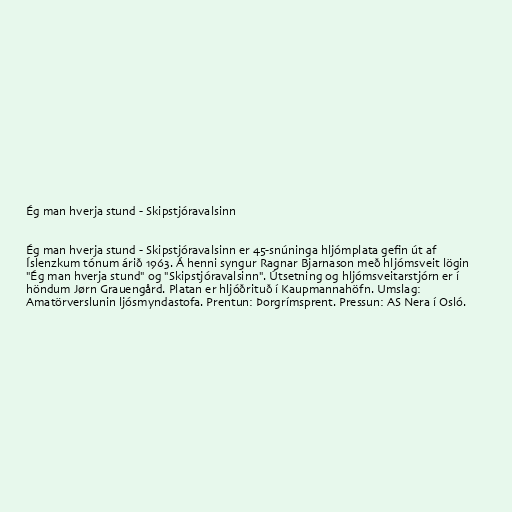
Ég man hverja stund - Skipstjóravalsinn

Ég man hverja stund - Skipstjóravalsinn er 45-snúninga hljómplata gefin út af
Íslenzkum tónum árið 1963. Á henni syngur Ragnar Bjarnason með hljómsveit lögin
"Ég man hverja stund" og "Skipstjóravalsinn". Útsetning og hljómsveitarstjórn er í
höndum Jørn Grauengård. Platan er hljóðrituð í Kaupmannahöfn. Umslag:
Amatörverslunin ljósmyndastofa. Prentun: Þorgrímsprent. Pressun: AS Nera í Osló.